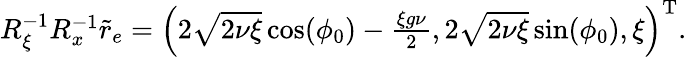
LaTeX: \begin{array}{r}{R_{\xi}^{-1}R_{x}^{-1}\tilde{r}_{e}=\left(2\sqrt{2\nu\xi}\cos(\phi_{0})-\frac{\xi g\nu}{2},2\sqrt{2\nu\xi}\sin(\phi_{0}),\xi\right)^{\mathrm{T}}.}\end{array}